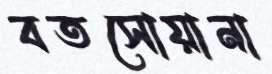
বতসোয়ানা